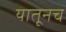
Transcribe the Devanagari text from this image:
यातूनच